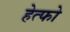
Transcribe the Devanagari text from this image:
हेत्फो